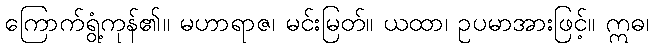
ကြောက်ရွံ့ကုန်၏။ မဟာရာဇ၊ မင်းမြတ်။ ယထာ၊ ဥပမာအားဖြင့်။ ဣဓ၊